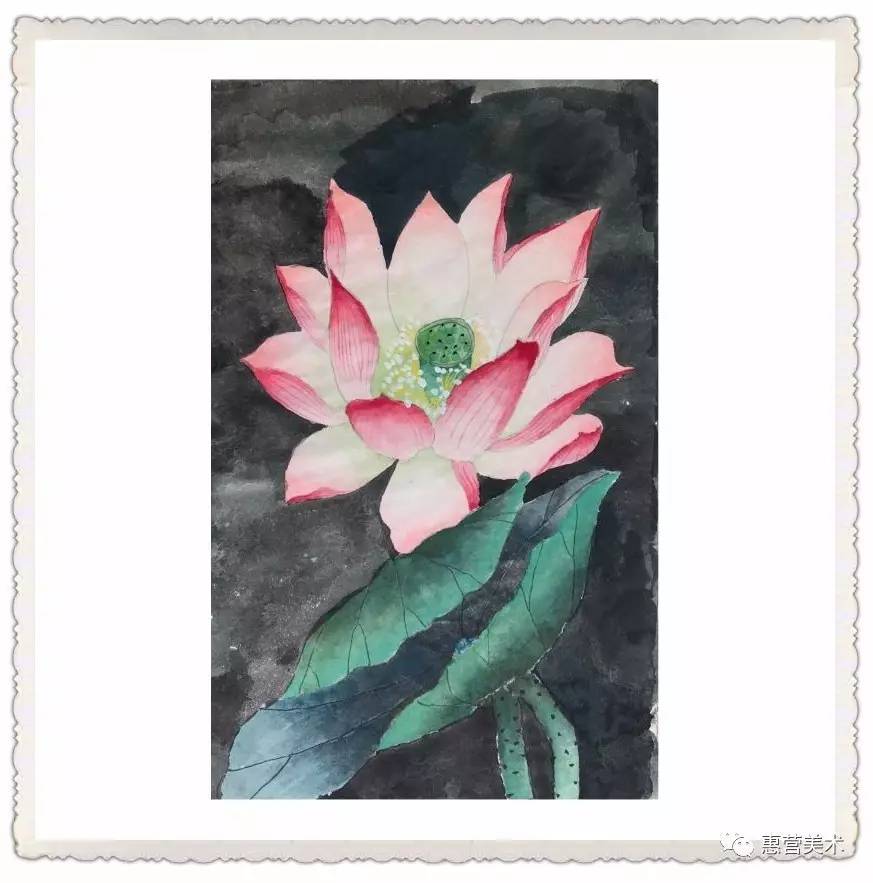
笑指吾庐何处是？一池荷叶小桥横。